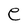
Character: e